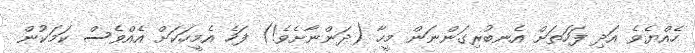
ހެއްޔެވެ އަދި ފަހަތަށް އެނބުރިގަންނަން މީހާ (ދަންނާށެވެ!) ފަހެ އެމީހަކަށް އެއްވެސް ކަމަކުން